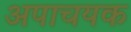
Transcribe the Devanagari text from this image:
अपाचयक